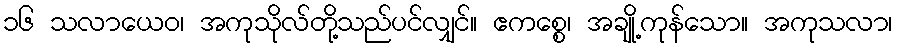
၁၆ သလာယေဝ၊ အကုသိုလ်တို့သည်ပင်လျှင်။ ဧကစ္စေ၊ အချို့ကုန်သော။ အကုသလာ၊